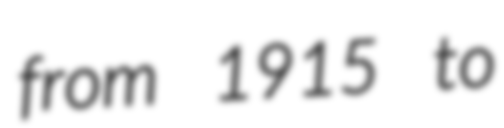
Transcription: from 1915 to